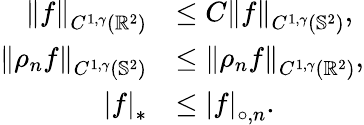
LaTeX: \begin{array}{rl}{\left\lVert f\right\rVert_{C^{1,\gamma}\left({\mathbb{R}^{2}}\right)}}&{\leq C\left\lVert f\right\rVert_{C^{1,\gamma}\left({\mathbb{S}^{2}}\right)},}\\ {\left\lVert\rho_{n}f\right\rVert_{C^{1,\gamma}\left({\mathbb{S}^{2}}\right)}}&{\leq\left\lVert\rho_{n}f\right\rVert_{C^{1,\gamma}\left({\mathbb{R}^{2}}\right)},}\\ {\left|f\right|_{*}}&{\leq\left\lvert f\right\rvert_{\circ,n}.}\end{array}